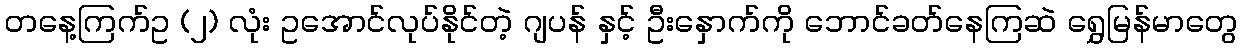
တနေ့ကြက်ဥ (၂) လုံး ဥအောင်လုပ်နိုင်တဲ့ ဂျပန် နှင့် ဦးနှောက်ကို ဘောင်ခတ်နေကြဆဲ ရွှေမြန်မာတွေ